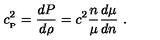
c _ { _ \mathrm { P } } ^ { 2 } = { \frac { d P } { d \rho } } = c ^ { 2 } { \frac { n } { \mu } } { \frac { d \mu } { d n } } \ .